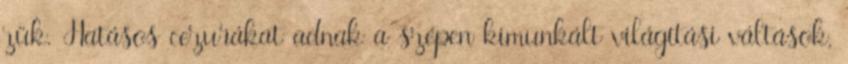
zük. Hatásos cezurákat adnak a szépen kimunkált világítási váltások,